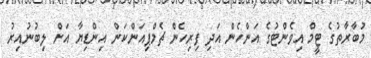
މުބާރާތުގެ ޓީމް އިވެންޓުގެ އަންހެން އަދި ފިރިހެން ޗެމްޕިއަންކަން އިންޑިޔާ އަށް ލިބުނުއިރު